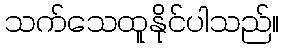
သက်သေထူနိုင်ပါသည်။